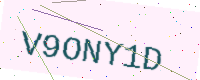
Text: V9ONY1D